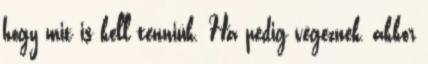
hogy mit is kell tenniük. Ha pedig végeznek, akkor